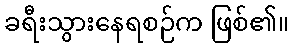
ခရီးသွားနေရစဉ်က ဖြစ်၏။